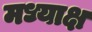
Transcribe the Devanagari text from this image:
मध्याक्ष